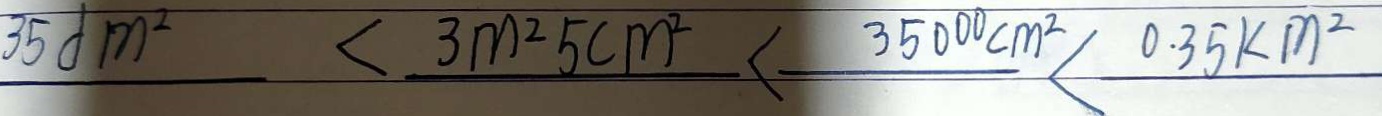
3 5 d m ^ { 2 } < 3 m ^ { 2 } 5 c m ^ { 2 } < 3 5 0 0 0 c m ^ { 2 } < 0 . 3 5 k m ^ { 2 }